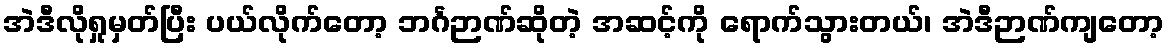
အဲဒီလိုရှုမှတ်ပြီး ပယ်လိုက်တော့ ဘင်္ဂဉာဏ်ဆိုတဲ့ အဆင့်ကို ရောက်သွားတယ်၊ အဲဒီဉာဏ်ကျတော့